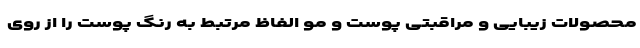
محصولات زیبایی و مراقبتی پوست و مو الفاظ مرتبط به رنگ پوست را از روی